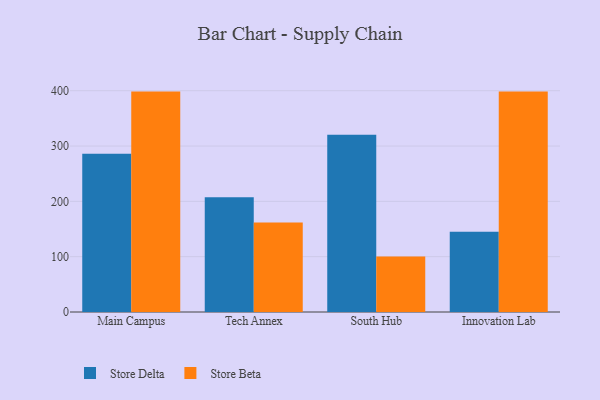
{"axis": {"x": "Campus", "y": "Production Output"}, "legend": ["Store Beta", "Store Delta"], "data": [{"x": "Main Campus", "y": 286.0, "type": "Store Delta"}, {"x": "Main Campus", "y": 398.4, "type": "Store Beta"}, {"x": "Tech Annex", "y": 207.4, "type": "Store Delta"}, {"x": "Tech Annex", "y": 161.8, "type": "Store Beta"}, {"x": "South Hub", "y": 320.6, "type": "Store Delta"}, {"x": "South Hub", "y": 100.1, "type": "Store Beta"}, {"x": "Innovation Lab", "y": 145.2, "type": "Store Delta"}, {"x": "Innovation Lab", "y": 398.4, "type": "Store Beta"}]}